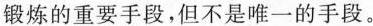
锻炼的重要手段，但不是唯一的手段。